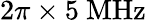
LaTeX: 2\pi\times 5~\mathrm{MHz}